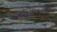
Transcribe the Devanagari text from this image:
युद्धविरहित